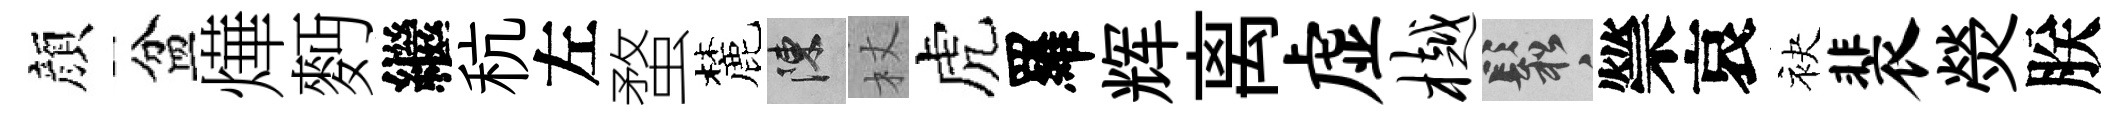
顔盆燁麪繼秔左蝥麓陳杖虎羅辉离虚樾鬆禜哀袂裴熒朕